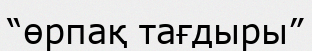
“өрпақ тағдыры”